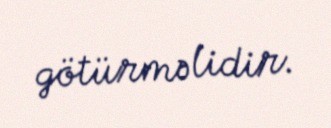
götürməlidir.